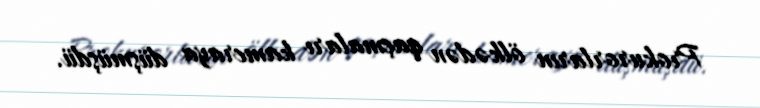
Prokurorların ölkədən qaçmaları kameraya düşmüşdü.